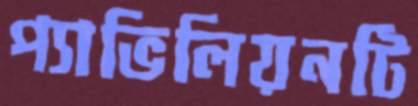
প্যাভিলিয়নটি